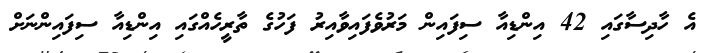
އެ ހާދިސާގައި 42 އިންޑިއާ ސިފައިން މަރުވެފައިވާއިރު ފަހުގެ ތާރީހެއްގައި އިންޑިއާ ސިފައިންނަށް